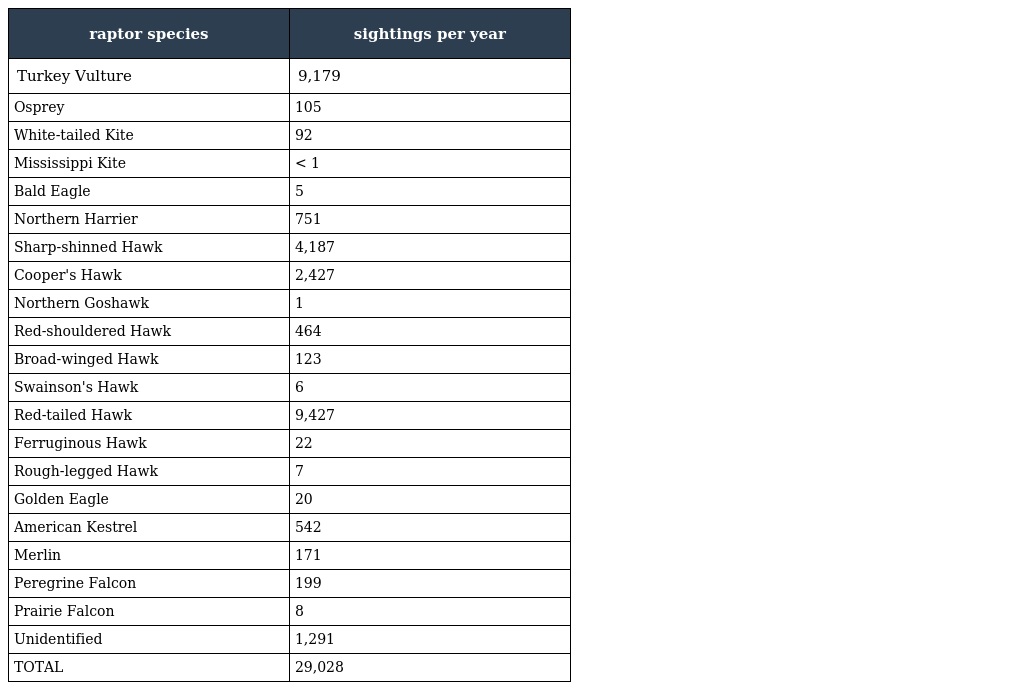
| raptor species | sightings per year |
 | --- | --- |
 | Turkey Vulture | 9,179 |
 | Osprey | 105 |
 | White-tailed Kite | 92 |
 | Mississippi Kite | < 1 |
 | Bald Eagle | 5 |
 | Northern Harrier | 751 |
 | Sharp-shinned Hawk | 4,187 |
 | Cooper's Hawk | 2,427 |
 | Northern Goshawk | 1 |
 | Red-shouldered Hawk | 464 |
 | Broad-winged Hawk | 123 |
 | Swainson's Hawk | 6 |
 | Red-tailed Hawk | 9,427 |
 | Ferruginous Hawk | 22 |
 | Rough-legged Hawk | 7 |
 | Golden Eagle | 20 |
 | American Kestrel | 542 |
 | Merlin | 171 |
 | Peregrine Falcon | 199 |
 | Prairie Falcon | 8 |
 | Unidentified | 1,291 |
 | TOTAL | 29,028 |